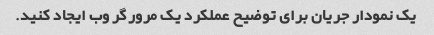
یک نمودار جریان برای توضیح عملکرد یک مرورگر وب ایجاد کنید.